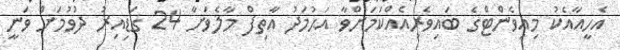
އެހީއާއެކު މިއިވެންޓްގެ ބައިވެރިއެއްކަމަށްވާ އަޙުމަދު އާތިފް މާލެވަށާ 24 ގަޑިއިރު ދުވުމަށް ވަނީ